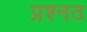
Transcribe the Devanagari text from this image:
प्रश्नठ